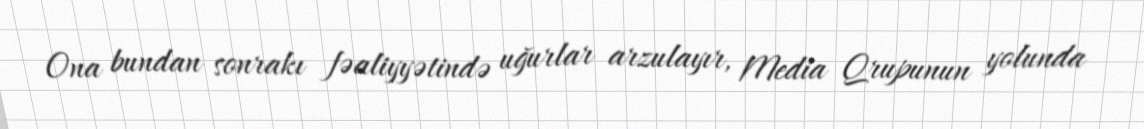
Ona bundan sonrakı fəaliyyətində uğurlar arzulayır, Media Qrupunun yolunda